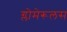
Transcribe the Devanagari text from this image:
ग्लोमेरूलस